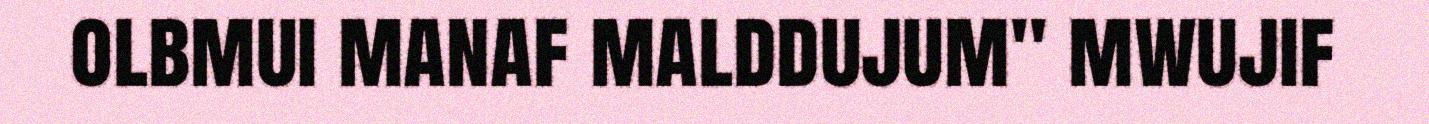
olbmui manaf malddujum" mwujif